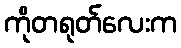
ကိုတရုတ်လေးက